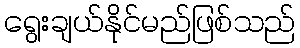
ရွေးချယ်နိုင်မည်ဖြစ်သည်